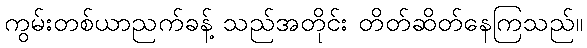
ကွမ်းတစ်ယာညက်ခန့် သည်အတိုင်း တိတ်ဆိတ်နေကြသည်။